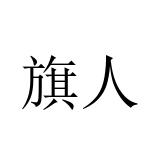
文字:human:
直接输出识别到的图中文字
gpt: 旗人